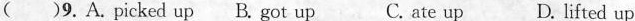
( )9.A. picked up B. got up C. ate up D. lifted up